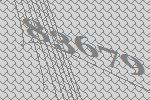
83679